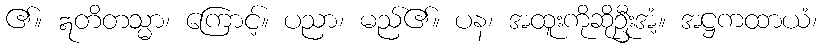
၏။ ဣတိတသ္မာ၊ ကြောင့်။ ပညာ၊ မည်၏။ ပန၊ အထူးကိုဆိုဦးုအံ့။ အဋ္ဌကထာယံ၊